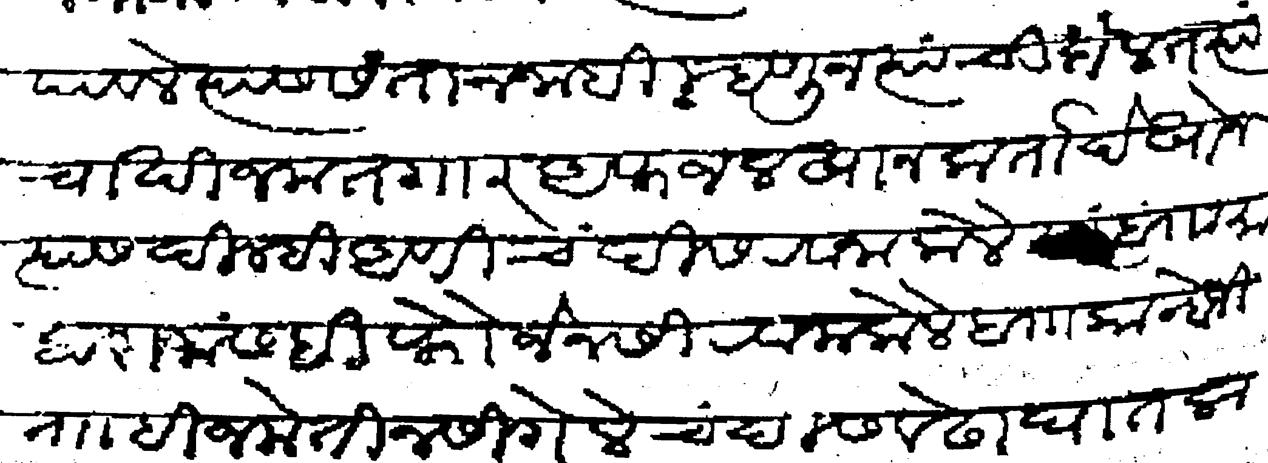
Transliteration (Devanagari): पावले त्यास संतान नाही म्हणून त्यांची दौलत त्यांचा खीजमतगार अफजलखान कर्ता देखोन त्यास दिल्ही अणी चंदीस रवाना केले त्या बाा माहाराजास ही फौजेनसी रवाना केले बाा कान्होजी नाा ही जमेतीनसी गेले चंदीस वेढा घातला